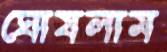
ঘোষলাম